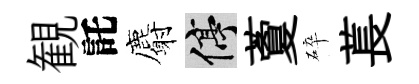
観託麝停藑碎萇